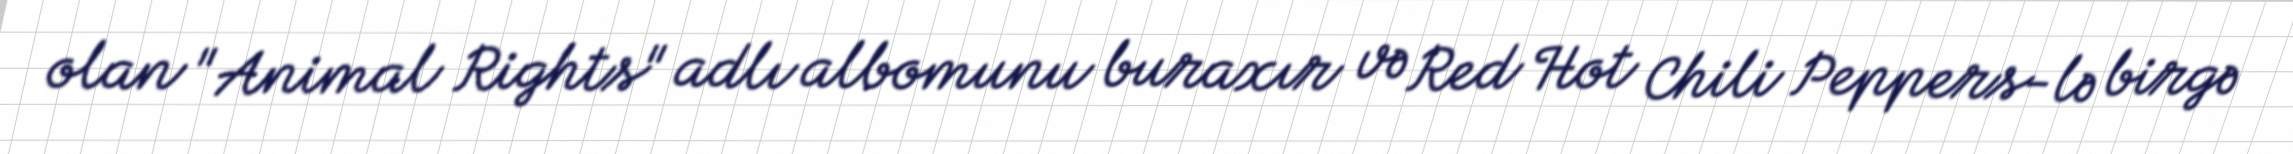
olan "Animal Rights" adlı albomunu buraxır və Red Hot Chili Peppers-lə birgə